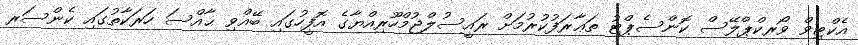
އެކްޓިވް ވޯރކްޕްލޭސް ކޮންސެޕްޓު ތަޢާރަފުކުރުމަށް ރައީސުލްޖުމްހޫރިއްޔާގެ އޮފީހުގައި ބޭއްވި ޙާއްސަ ހަރަކާތުގައި ކެންސަރ